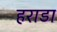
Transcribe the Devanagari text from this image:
हराडा